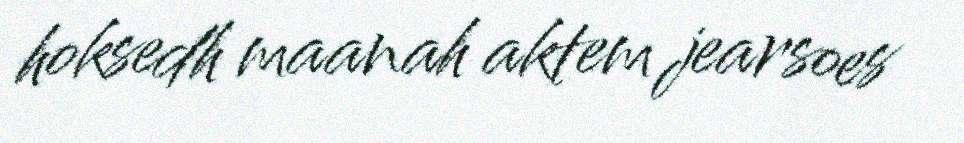
hoksedh maanah aktem jearsoes